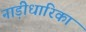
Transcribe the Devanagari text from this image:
नाड़ीधारिका